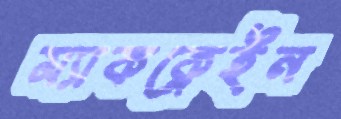
ম্যাকক্লেইন